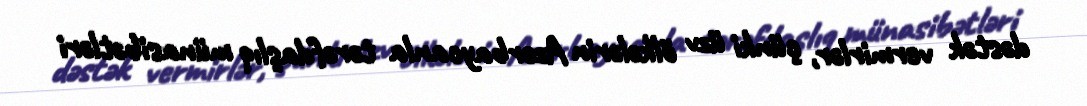
dəstək vermirlər, çünki üzv ölkələrin Azərbaycanla tərəfdaşlıq münasibətləri